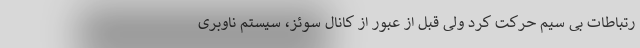
رتباطات بی سیم حرکت کرد ولی قبل از عبور از کانال سوئز، سیستم ناوبری